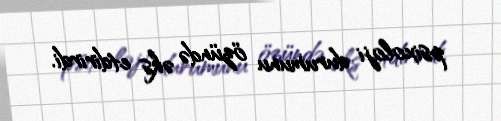
psixoloji durumunu özündə əks etdirirdi.